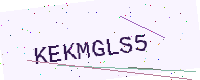
Text: KEKMGLS5